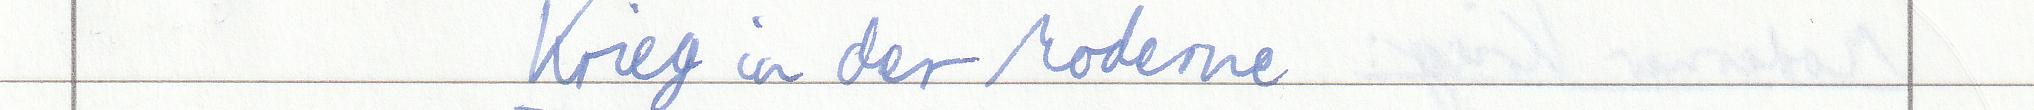
Krieg in der Moderne